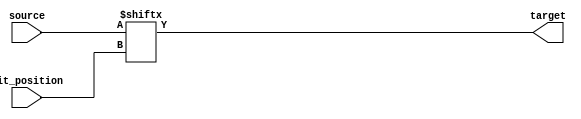
module bit_select_assign (
    input wire [7:0] source,
    input wire [2:0] bit_position,
    output reg target
);

always @* begin
    target = source[bit_position];
end

endmodule